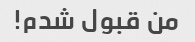
من قبول شدم!